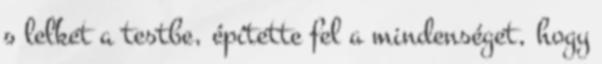
s lelket a testbe, építette fel a mindenséget, hogy